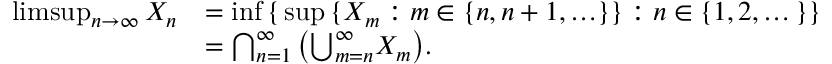
{ \begin{array} { r l } { \operatorname* { l i m s u p } _ { n \to \infty } X _ { n } } & { = \operatorname* { i n f } \, \{ \, \operatorname* { s u p } \, \{ X _ { m } : m \in \{ n , n + 1 , \ldots \} \} : n \in \{ 1 , 2 , \dots \} \} } \\ & { = \bigcap _ { n = 1 } ^ { \infty } \left( { \bigcup _ { m = n } ^ { \infty } } X _ { m } \right) \! . } \end{array} }